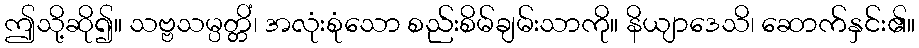
ဤသို့ဆို၍။ သဗ္ဗသမ္ပတ္တိံ၊ အလုံးစုံသော စည်းစိမ်ချမ်းသာကို။ နိယျာဒေသိ၊ ဆောက်နှင်း၏။